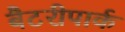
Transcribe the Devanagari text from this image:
बैटरीपार्क